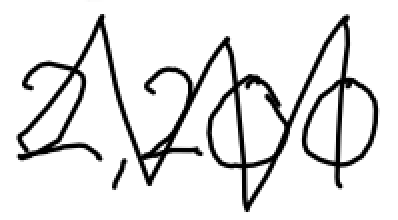
Text: 2,200
Cross-out: zig-zag
Writing tool: digital_black